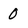
Character: 0